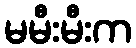
မမီးမီးက